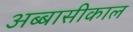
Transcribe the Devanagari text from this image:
अब्बासीकाल